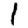
Digit: 1